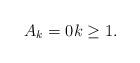
LaTeX: \begin{align*} A_k=0 k\ge 1. \end{align*}